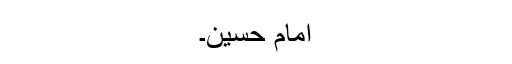
امام حسین۔